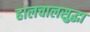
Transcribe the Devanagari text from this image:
हालचालसुद्धा